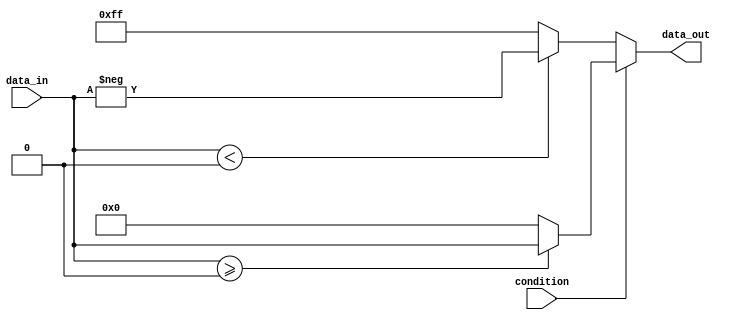
module if_else_example (
    input wire condition,
    input wire [7:0] data_in,
    output reg [7:0] data_out
);

always @* begin
    if (condition) begin
        data_out = (data_in >= 0) ? data_in : 8'd0; // Ternary operator usage
    end else begin
        data_out = (data_in < 0) ? -data_in : 8'b11111111; // Ternary operator usage
    end
end

endmodule